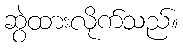
ဆွဲထားလိုက်သည်။